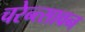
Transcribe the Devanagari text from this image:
चरेन्त्सावन